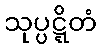
သုပ္ပဋ္ဋိတံ